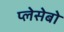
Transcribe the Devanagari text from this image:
प्लेसेबो